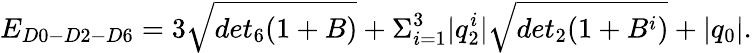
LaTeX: E_{D0-D2-D6}=3\sqrt{det_{6}(1+B)}+\Sigma_{i=1}^{3}|q_{2}^{i}|\sqrt{det_{2}(1+B^{i})}+|q_{0}|.